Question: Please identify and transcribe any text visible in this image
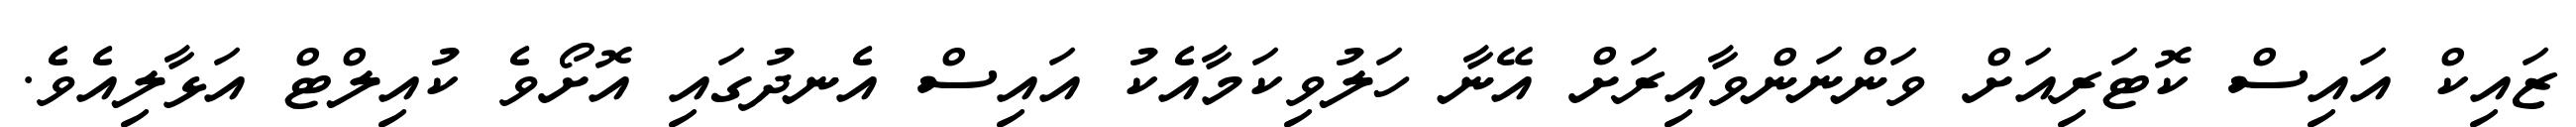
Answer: ޒައިކް އައިސް ކޮޓަރިއަށް ވަންނަންވާއިރަށް އޭނާ ހަލުވިކަމާއެކު އައިސް އެނދުގައި އޮށޯވެ ކުއިލްޓް އަޅާލިއެވެ.